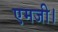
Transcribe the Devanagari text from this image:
एमजी।